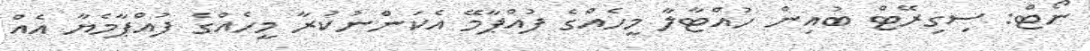
ނޯޓް: ސިގިރޭޓް ބުއިން ހުއްޓާލާ މީހެއްގެ ފުއްޕާމޭ އެކަންނުކުރާ މީހެއްގެ ފުއްޕާމެޔާ އެއް